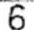
6